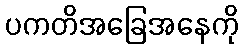
ပကတိအခြေအနေကို